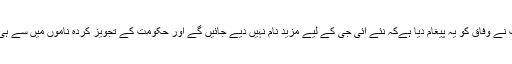
کابینہ کے فیصلے کے بعد سندھ حکومت نے وفاق کو یہ پیغام دیا ہےکہ نئے آئی جی کے لیے مزید نام نہیں دیے جائیں گے اور حکومت کے تجویز کردہ ناموں میں سے ہی کسی افسر کو آئی جی تعینات کیا جائے۔